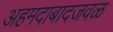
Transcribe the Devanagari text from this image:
अहमदाबादजवळ